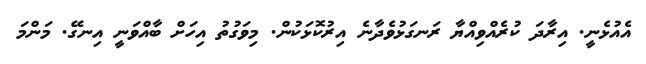
އެއުޅެނީ. އިރާދަ ކުރެއްވިއްޔާ ރަނގަޅުވެދާނެ އިރުކޮޅަކުން. މިވަގުތު އިހަށް ބާއްވަނީ އިނގޭ. މަންމަ